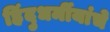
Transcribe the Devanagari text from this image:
हिंदुधर्मीयांचे